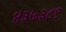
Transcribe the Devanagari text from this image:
४३७३८९